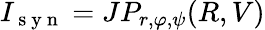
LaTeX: I_{\mathrm{~s~y~n~}}=JP_{r,\varphi,\psi}(R,V)